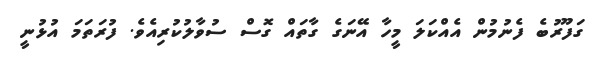
ގަފޫރުބެ ފެނުމުން އެއްކަލަ މީހާ އޭނަގެ ގާތައް ގޮސް ސުވާލުކުރިއެވެ. ފުރަތަމަ އުޅުނީ